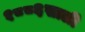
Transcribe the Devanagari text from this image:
१८८६साली